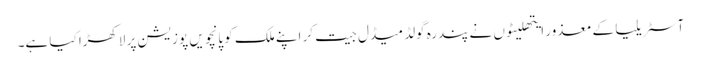
آسٹریلیا کے معذور ایتھلیٹوں نے پندرہ گولڈ میڈل جیت کر اپنے ملک کو پانچویں پوزیشن پر لاکھڑا کیا ہے۔